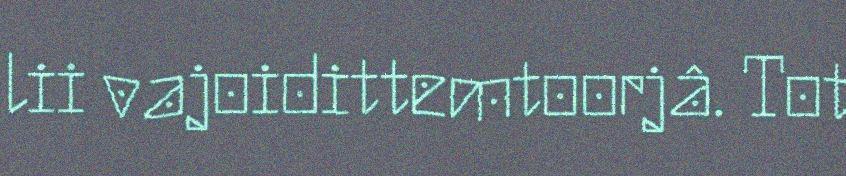
lii vajoidittemtoorjâ. Tot